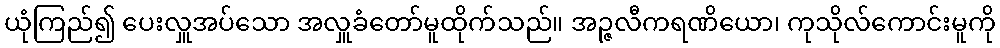
ယုံကြည်၍ ပေးလှူအပ်သော အလှူခံတော်မူထိုက်သည်။ အဉ္ဇလီကရဏိယော၊ ကုသိုလ်ကောင်းမူကို